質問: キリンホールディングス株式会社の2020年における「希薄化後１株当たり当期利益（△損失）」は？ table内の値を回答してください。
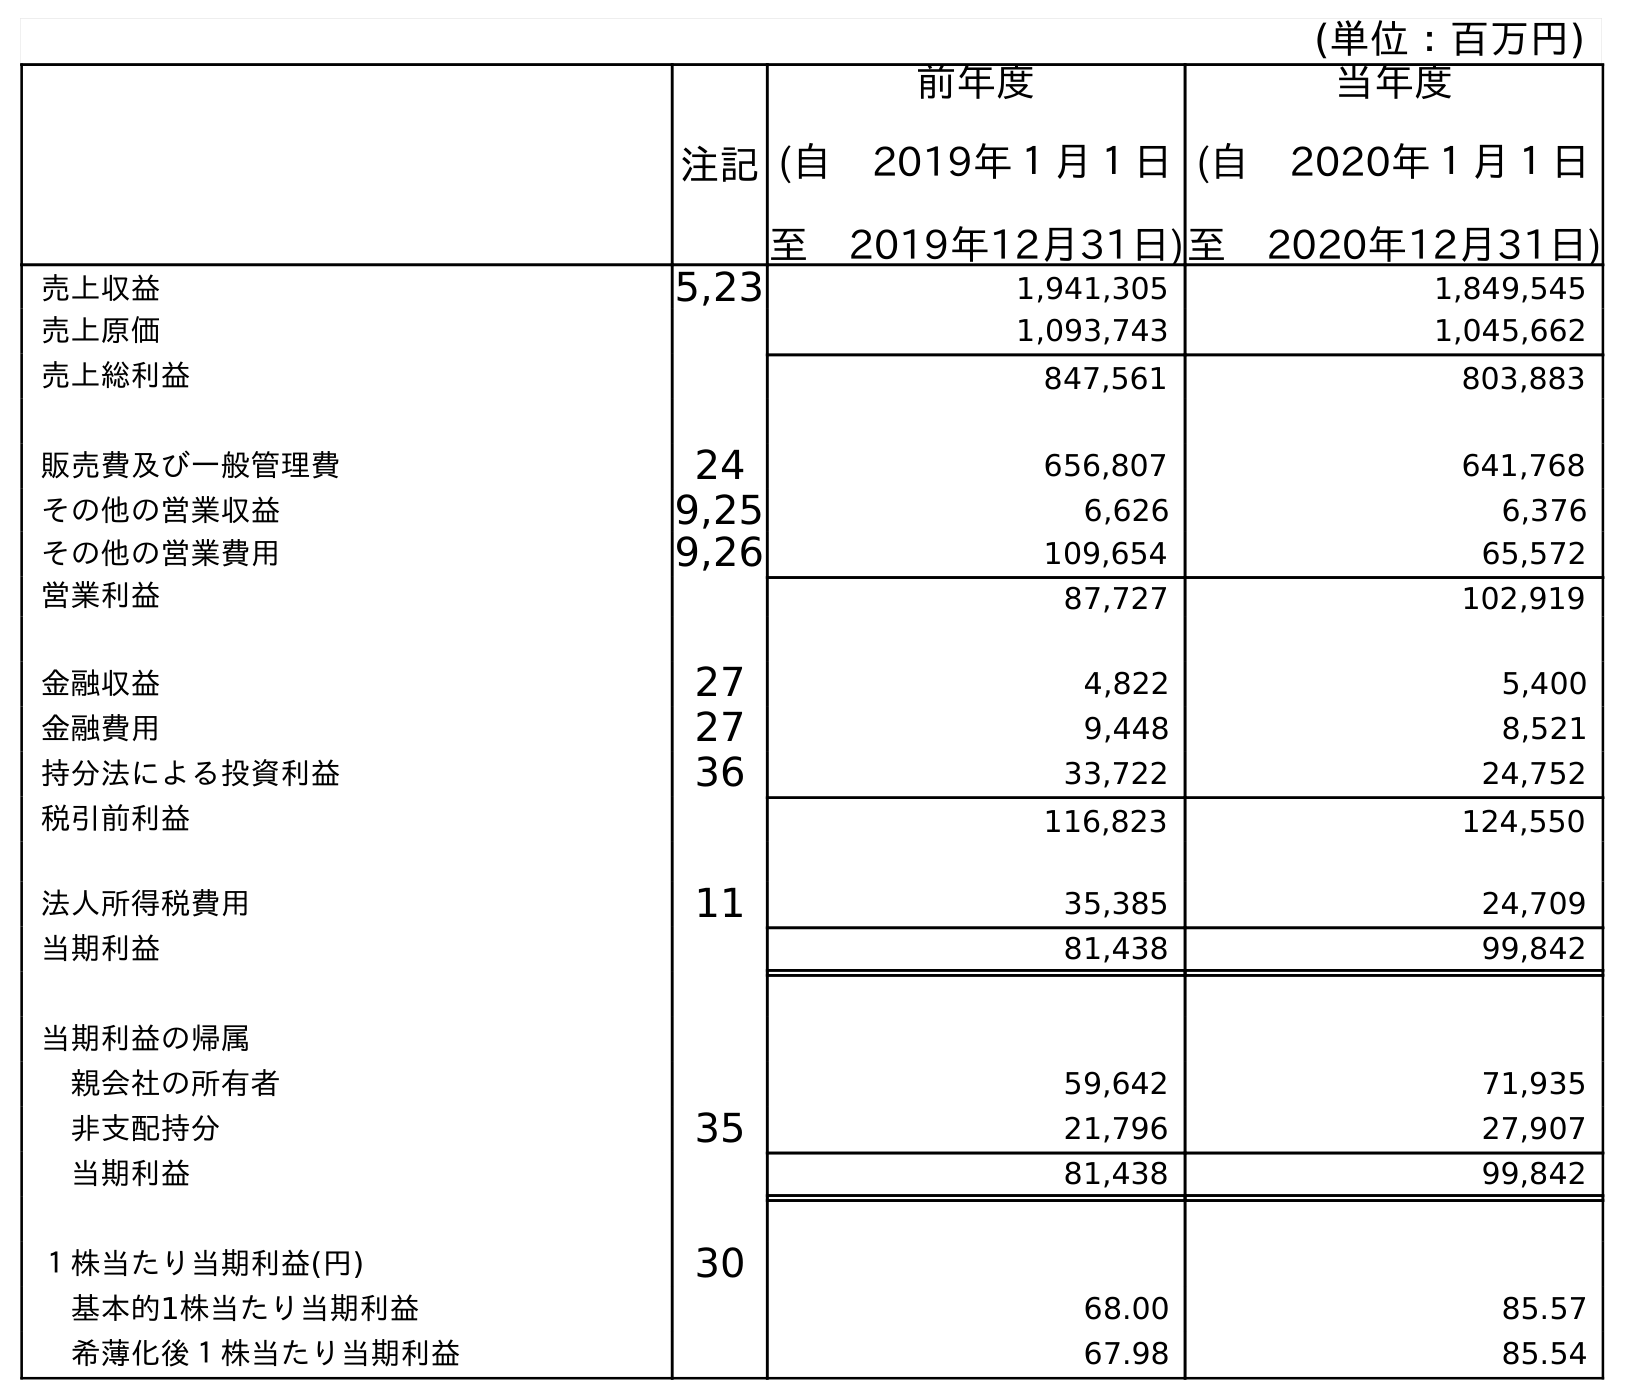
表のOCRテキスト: (単位：百万円) 注記 前年度 (自 2019年１月１日 至 2019年12月31日) 当年度 (自 2020年１月１日 至 2020年12月31日) 売上収益 5,23 1,941,305 1,849,545 売上原価 1,093,743 1,045,662 売上総利益 847,561 803,883 販売費及び一般管理費 24 656,807 641,768 その他の営業収益 9,25 6,626 6,376 その他の営業費用 9,26 109,654 65,572 営業利益 87,727 102,919 金融収益 27 4,822 5,400 金融費用 27 9,448 8,521 持分法による投資利益 36 33,722 24,752 税引前利益 116,823 124,550 法人所得税費用 11 35,385 24,709 当期利益 81,438 99,842 当期利益の帰属 親会社の所有者 59,642 71,935 非支配持分 35 21,796 27,907 当期利益 81,438 99,842 １株当たり当期利益(円) 30 基本的1株当たり当期利益 68.00 85.57 希薄化後１株当たり当期利益 67.98 85.54
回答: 85.54